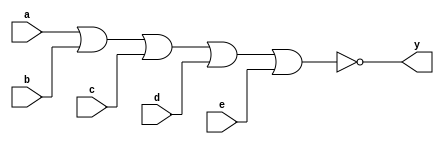
module xup_nor5 #(parameter DELAY = 3)(
    input a,
    input b,
    input c,
    input d,
    input e,
    output y
    );
    
    nor #DELAY (y,a,b,c,d,e);
    
endmodule